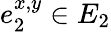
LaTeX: e_{2}^{x,y}\in E_{2}